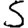
Digit: 5